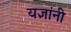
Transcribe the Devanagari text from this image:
यज्ञांनी